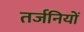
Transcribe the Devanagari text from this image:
तर्जनियों